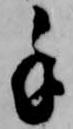
手